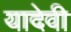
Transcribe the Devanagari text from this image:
यादेवी